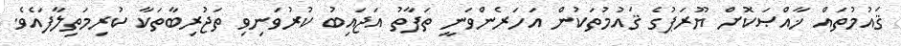
ޤައުމުތައް ޚާއްޞަކޮށް ޔޫރަޕުގެ ޤައުމުތަކުން އަހަރެންވަނީ ތަފާތު އަޖައިބު ކުރުވަނިވި ތަޖުރިބާތަކާ ކުރިމަތިލާފައެވެ.